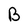
Character: B